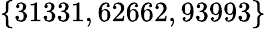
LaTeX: \{ 31331,62662,93993\}